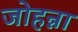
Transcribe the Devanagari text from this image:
जोहन्ना